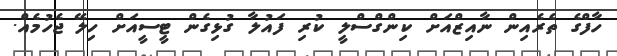
ހާފްގެ ތެރެއިން ނާއިޒްއަށް ކިންގްސްލީ ކުރި ފައުލާ ގުޅިގެން ޓީސީއަށް ހިލޭ ޖެހުމެއް.